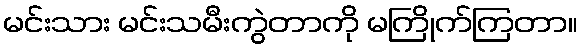
မင်းသား မင်းသမီးကွဲတာကို မကြိုက်ကြတာ။